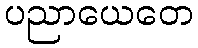
ပညာယေတေ